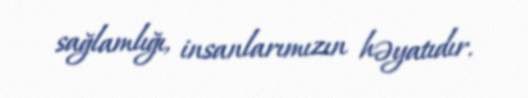
sağlamlığı, insanlarımızın həyatıdır.